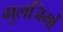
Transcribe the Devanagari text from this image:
मुलजिमों